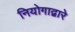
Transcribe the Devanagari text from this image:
नियोगाद्वारे